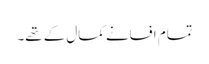
تمام افسانے کمال کے تھے۔